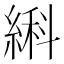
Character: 䌀